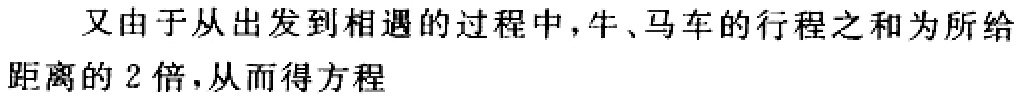
又由于从出发到相遇的过程中，牛、马车的行程之和为所给距离的 2 倍，从而得方程